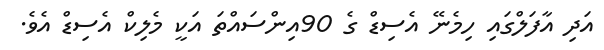
އަދި އާފަލްގައި ހިމެނޭ އެސިޑް ގެ 90އިންސައްތަ އަކީ މެލިކް އެސިޑް އެވެ.